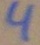
Text: 4